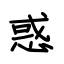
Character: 惑